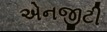
એનજીટી